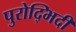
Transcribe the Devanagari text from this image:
पुरोद्भिदी